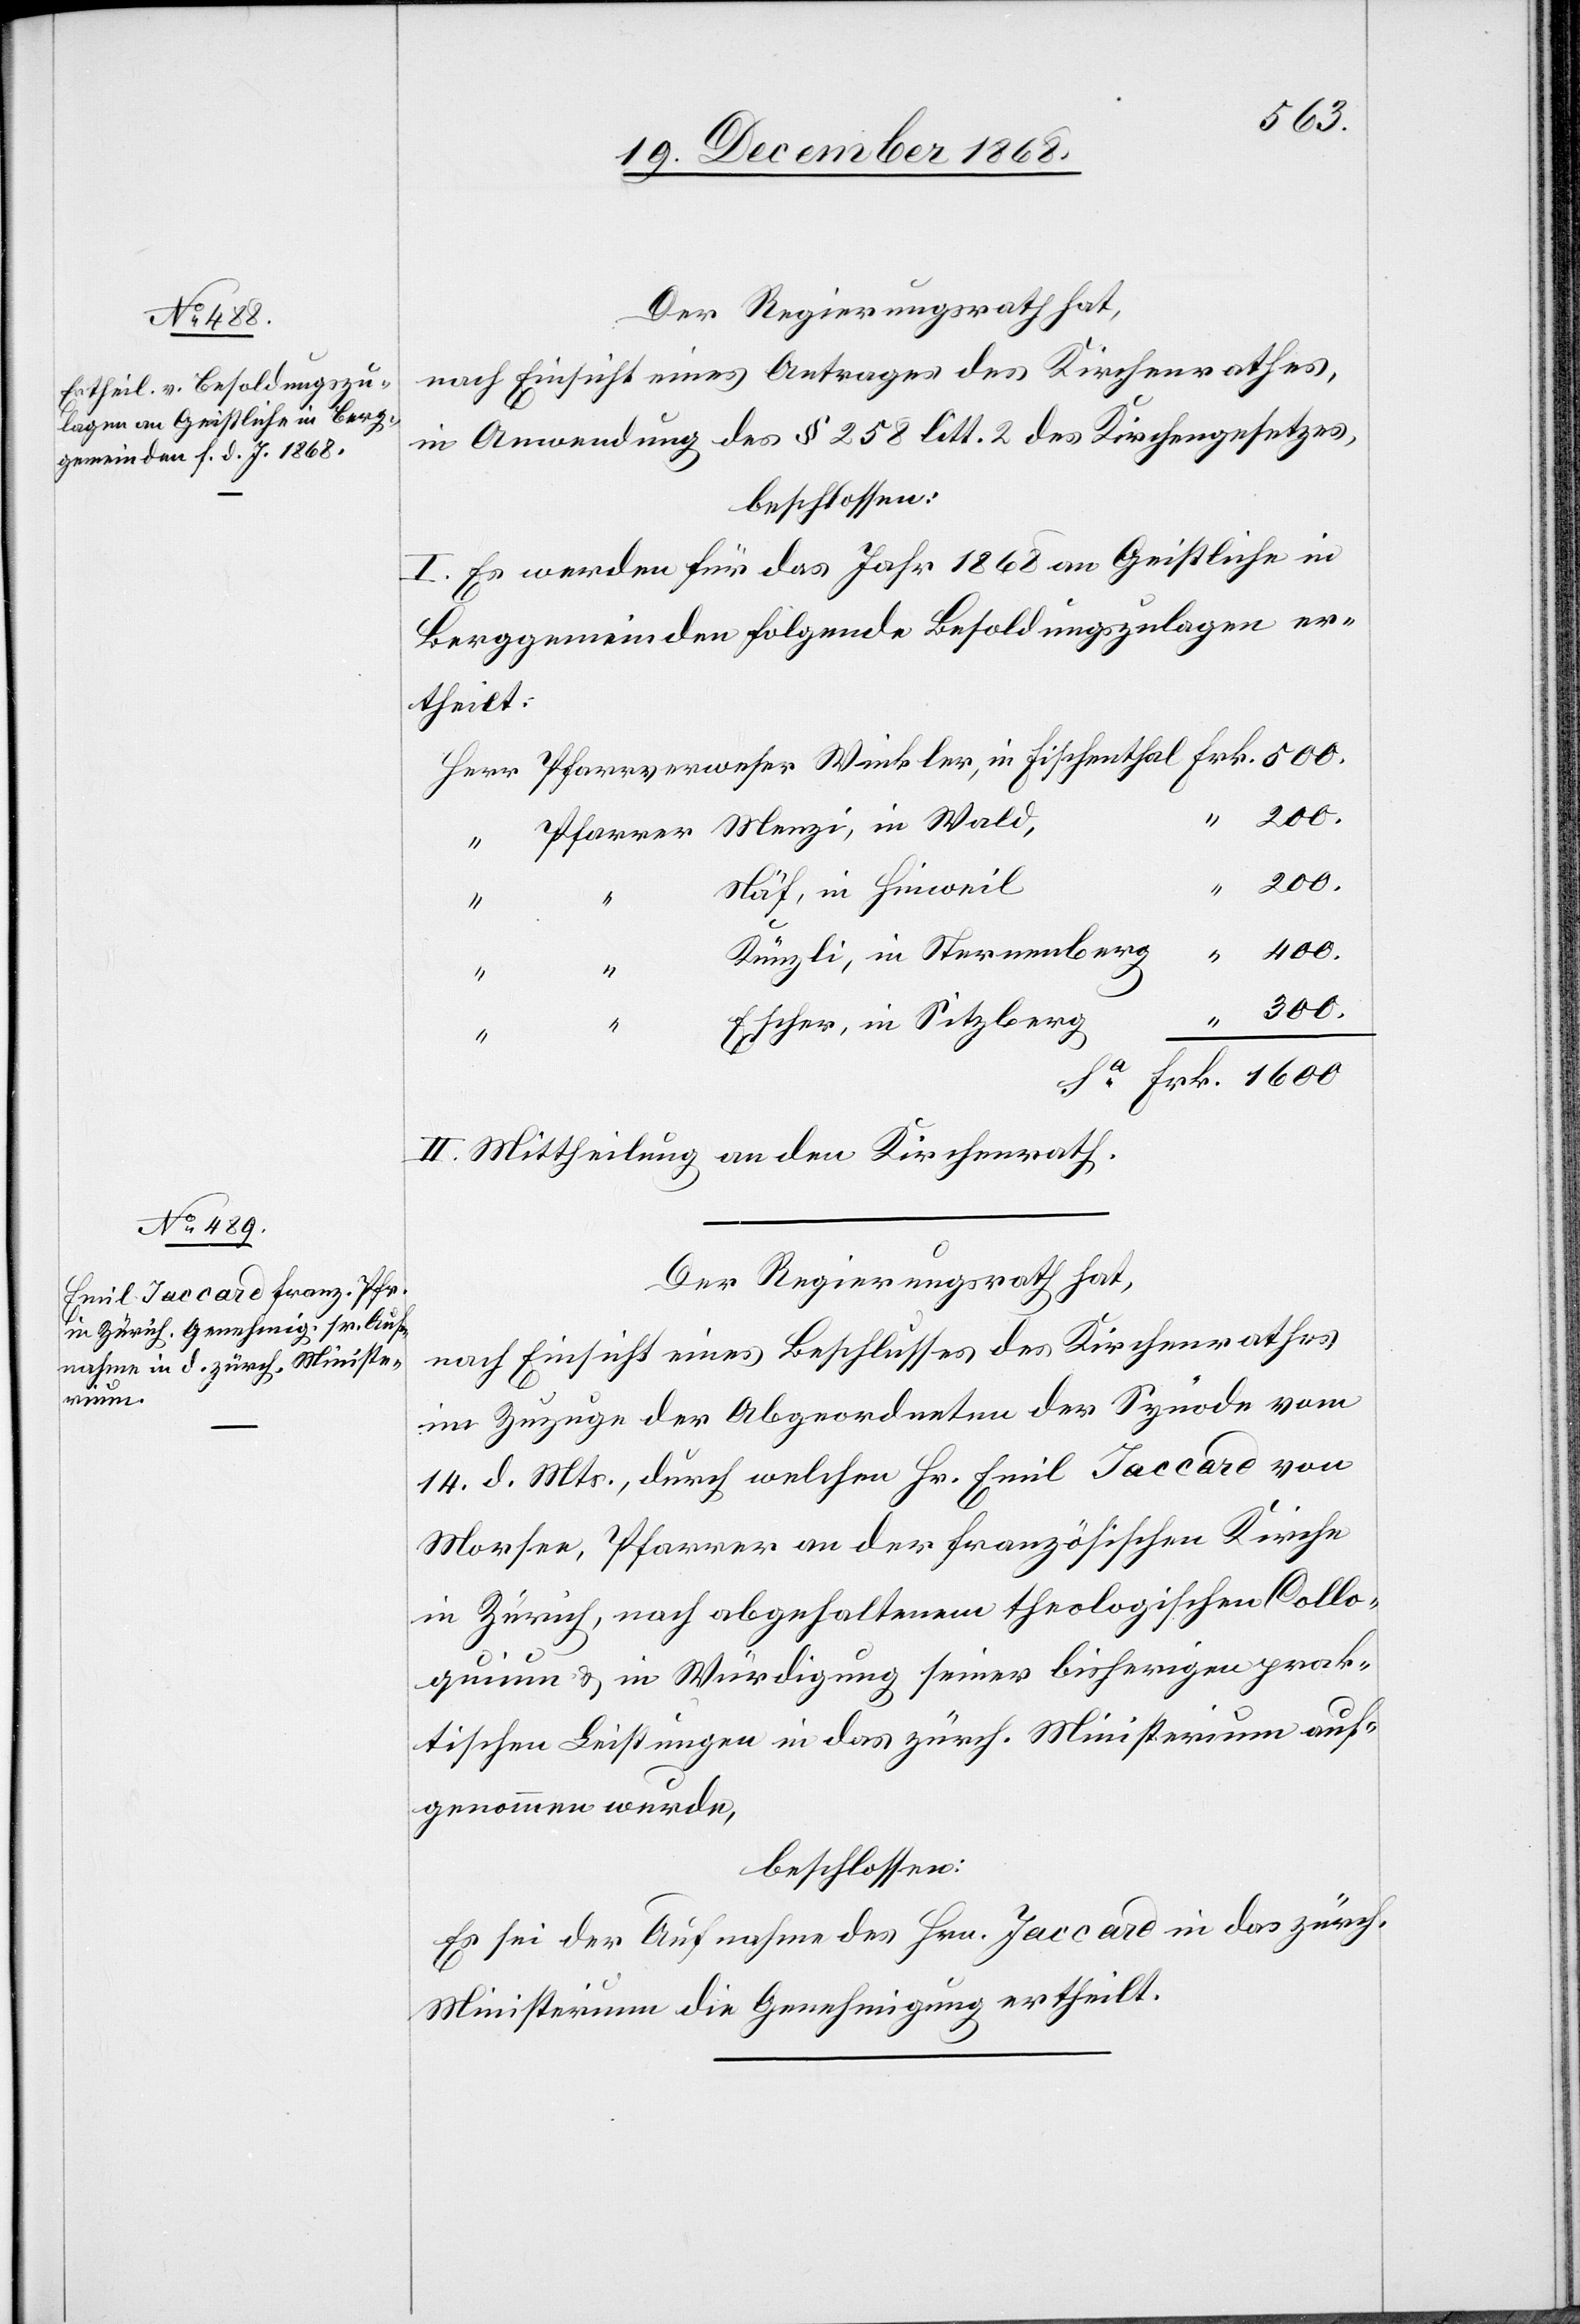
Der Regierungsrath hat,
nach Einsicht eines Antrages des Kirchenrathes,
in Anwendung des § 258 litt. 2 des Kirchengesetzes,
beschlossen:
I. Es werden für das Jahr 1868 an Geistliche in
Berggemeinden folgende Besoldungszulagen er¬
theilt:
“
200.
Pfarrer Menzi, in Wald
200.
“
Näf, in Hinweil
400.
Künzli, in Sternenberg
“
“
300.
Escher, in Sitzberg
Frk. 1600
II. Mittheilung an den Kirchenrath.
Der Regierungsrath hat,
nach Einsicht eines Beschlusses des Kirchenrathes
im Zuzuge der Abgeordneten der Synode vom
14. d. Mts., durch welchen Hr. Emil Jaccard von
Morsee, Pfarrer an der französischen Kirche
in Zürich, nach abgehaltenem theologischen Collo¬
quium & in Würdigung seiner bisherigen prak¬
tischen Leistungen in das zürch. Ministerium auf¬
genommen wurde,
beschlossen:
Es sei der Aufnahme des Hrn. Jaccard in das zürch.
Ministerium die Genehmigung ertheilt.